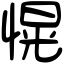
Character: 愰